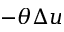
- \theta \Delta u